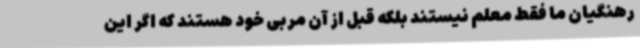
رهنگیان ما فقط معلم نیستند بلکه قبل از آن مربی خود هستند که اگر این